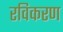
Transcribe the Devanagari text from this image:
रविकरण